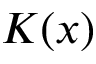
K ( x )